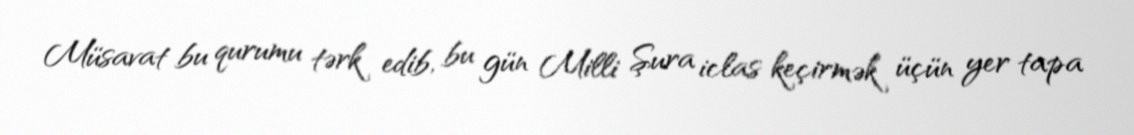
Müsavat bu qurumu tərk edib, bu gün Milli Şura iclas keçirmək üçün yer tapa